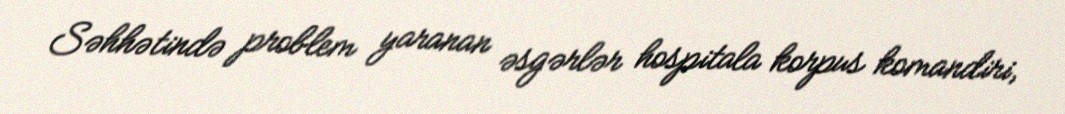
Səhhətində problem yaranan əsgərlər hospitala korpus komandiri,